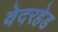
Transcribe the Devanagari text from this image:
वेदरहेड